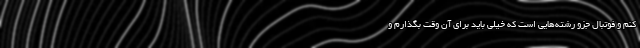
کنم و فوتبال جزو رشته‌هایی است که خیلی باید برای آن وقت بگذارم و